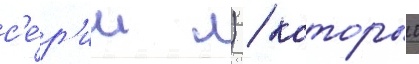
с'е́р'ии л) / которыи